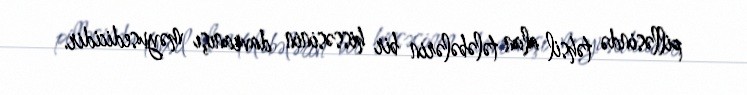
pilləsində təhsil alan tələbələrin bir hissəsinin davranışı məyusedicidir.